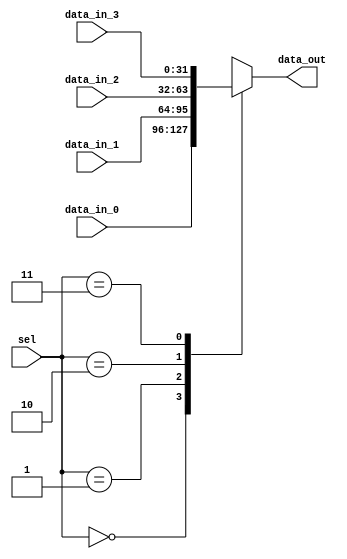
module mux_4x1_32bits (
  input [31:0] data_in_0,
  input [31:0] data_in_1,
  input [31:0] data_in_2,
  input [31:0] data_in_3,
  input [1:0]  sel,
  output reg [31:0] data_out
);

always @* begin
  case(sel)
    2'b00: data_out = data_in_0;
    2'b01: data_out = data_in_1;
    2'b10: data_out = data_in_2;
    2'b11: data_out = data_in_3;
    default: data_out = 32'h00000000; // Default case if none of the above match
  endcase
end

endmodule